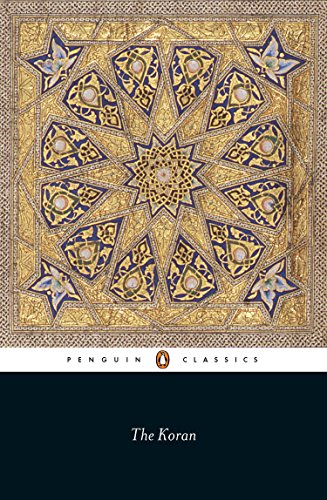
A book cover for The Koran (Penguin Classics); Religion & Spirituality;